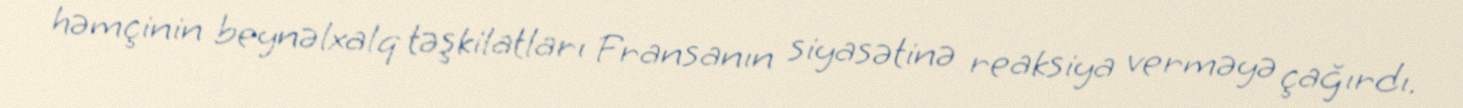
həmçinin beynəlxalq təşkilatları Fransanın siyasətinə reaksiya verməyə çağırdı.